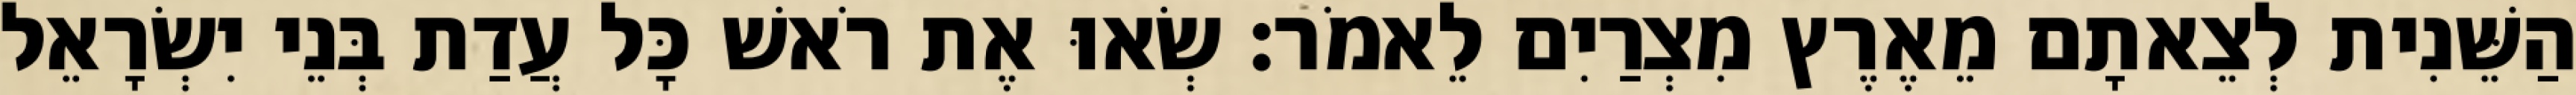
הַשֵּׁנִית לְצֵאתָם מֵאֶרֶץ מִצְרַיִם לֵאמֹר׃ שְׂאוּ אֶת רֹאשׁ כָּל עֲדַת בְּנֵי יִשְׂרָאֵל